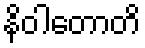
နိဝါတောတိ